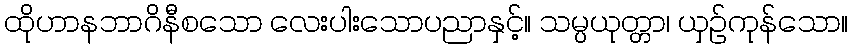
ထိုဟာနဘာဂိနီစသော လေးပါးသောပညာနှင့်။ သမ္ပယုတ္တာ၊ ယှဉ်ကုန်သော။